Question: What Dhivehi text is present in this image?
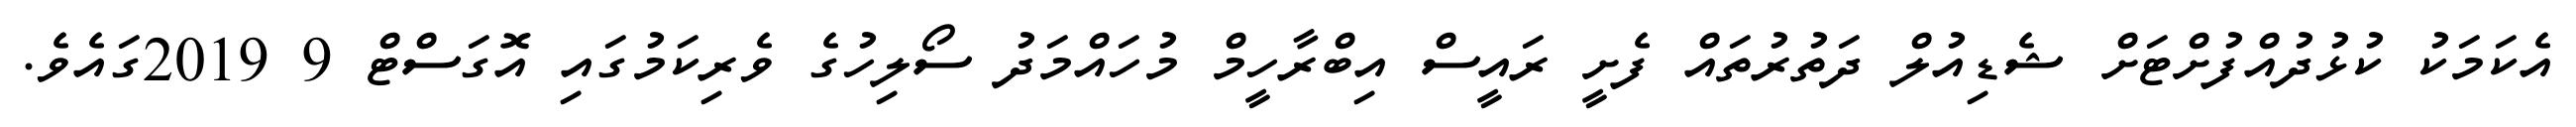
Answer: އެކަމަކު ކުޅުދުއްފުށްޓަށް ޝެޑިއުލް ދަތުރުތައް ފެށީ ރައީސް އިބްރާހީމް މުހައްމަދު ސޯލިހުގެ ވެރިކަމުގައި އޮގަސްޓް 9 2019ގައެވެ.